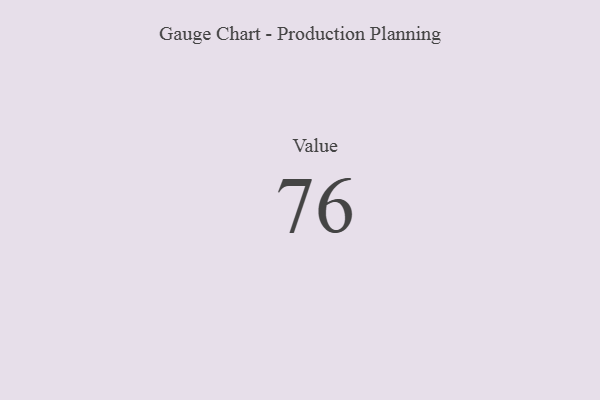
{"axis": {"x": "Metric", "y": "Value"}, "legend": [""], "data": [{"x": "Value", "y": 76, "type": ""}]}